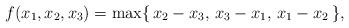
LaTeX: \begin{align*}f(x_1,x_2,x_3) = \max\{\,x_2-x_3,\,x_3-x_1,\,x_1-x_2\,\} ,\end{align*}